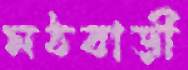
মঠবাড়ী